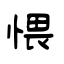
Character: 愄